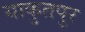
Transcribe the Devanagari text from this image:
याकुतपुर